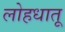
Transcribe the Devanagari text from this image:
लोहधातू